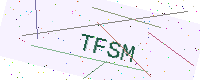
Text: TFSM